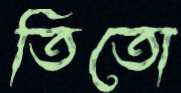
তিতো